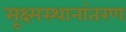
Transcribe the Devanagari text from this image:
सूक्ष्मस्थानांतरण